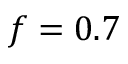
f = 0 . 7